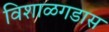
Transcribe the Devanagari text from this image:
विशाळगडास